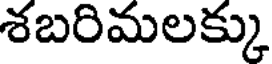
శబరిమలక్కు